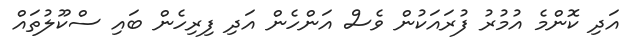
އަދި ކޮންމެ އުމުރު ފުރައަކުން ވެސް އަންހެން އަދި ފިރިހެން ބައި ސްކޫލުތައް